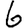
Digit: 6